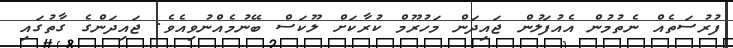
ފުރުސަތެއް ނެތުމުން އެއުފަލުން ޖައިދަން މަހުރޫމް ކުރާކަށް ލޫކަސް ބޭނުމެއްނުވިއެވެ. ޖައިދަންގެ ގާތުގައި